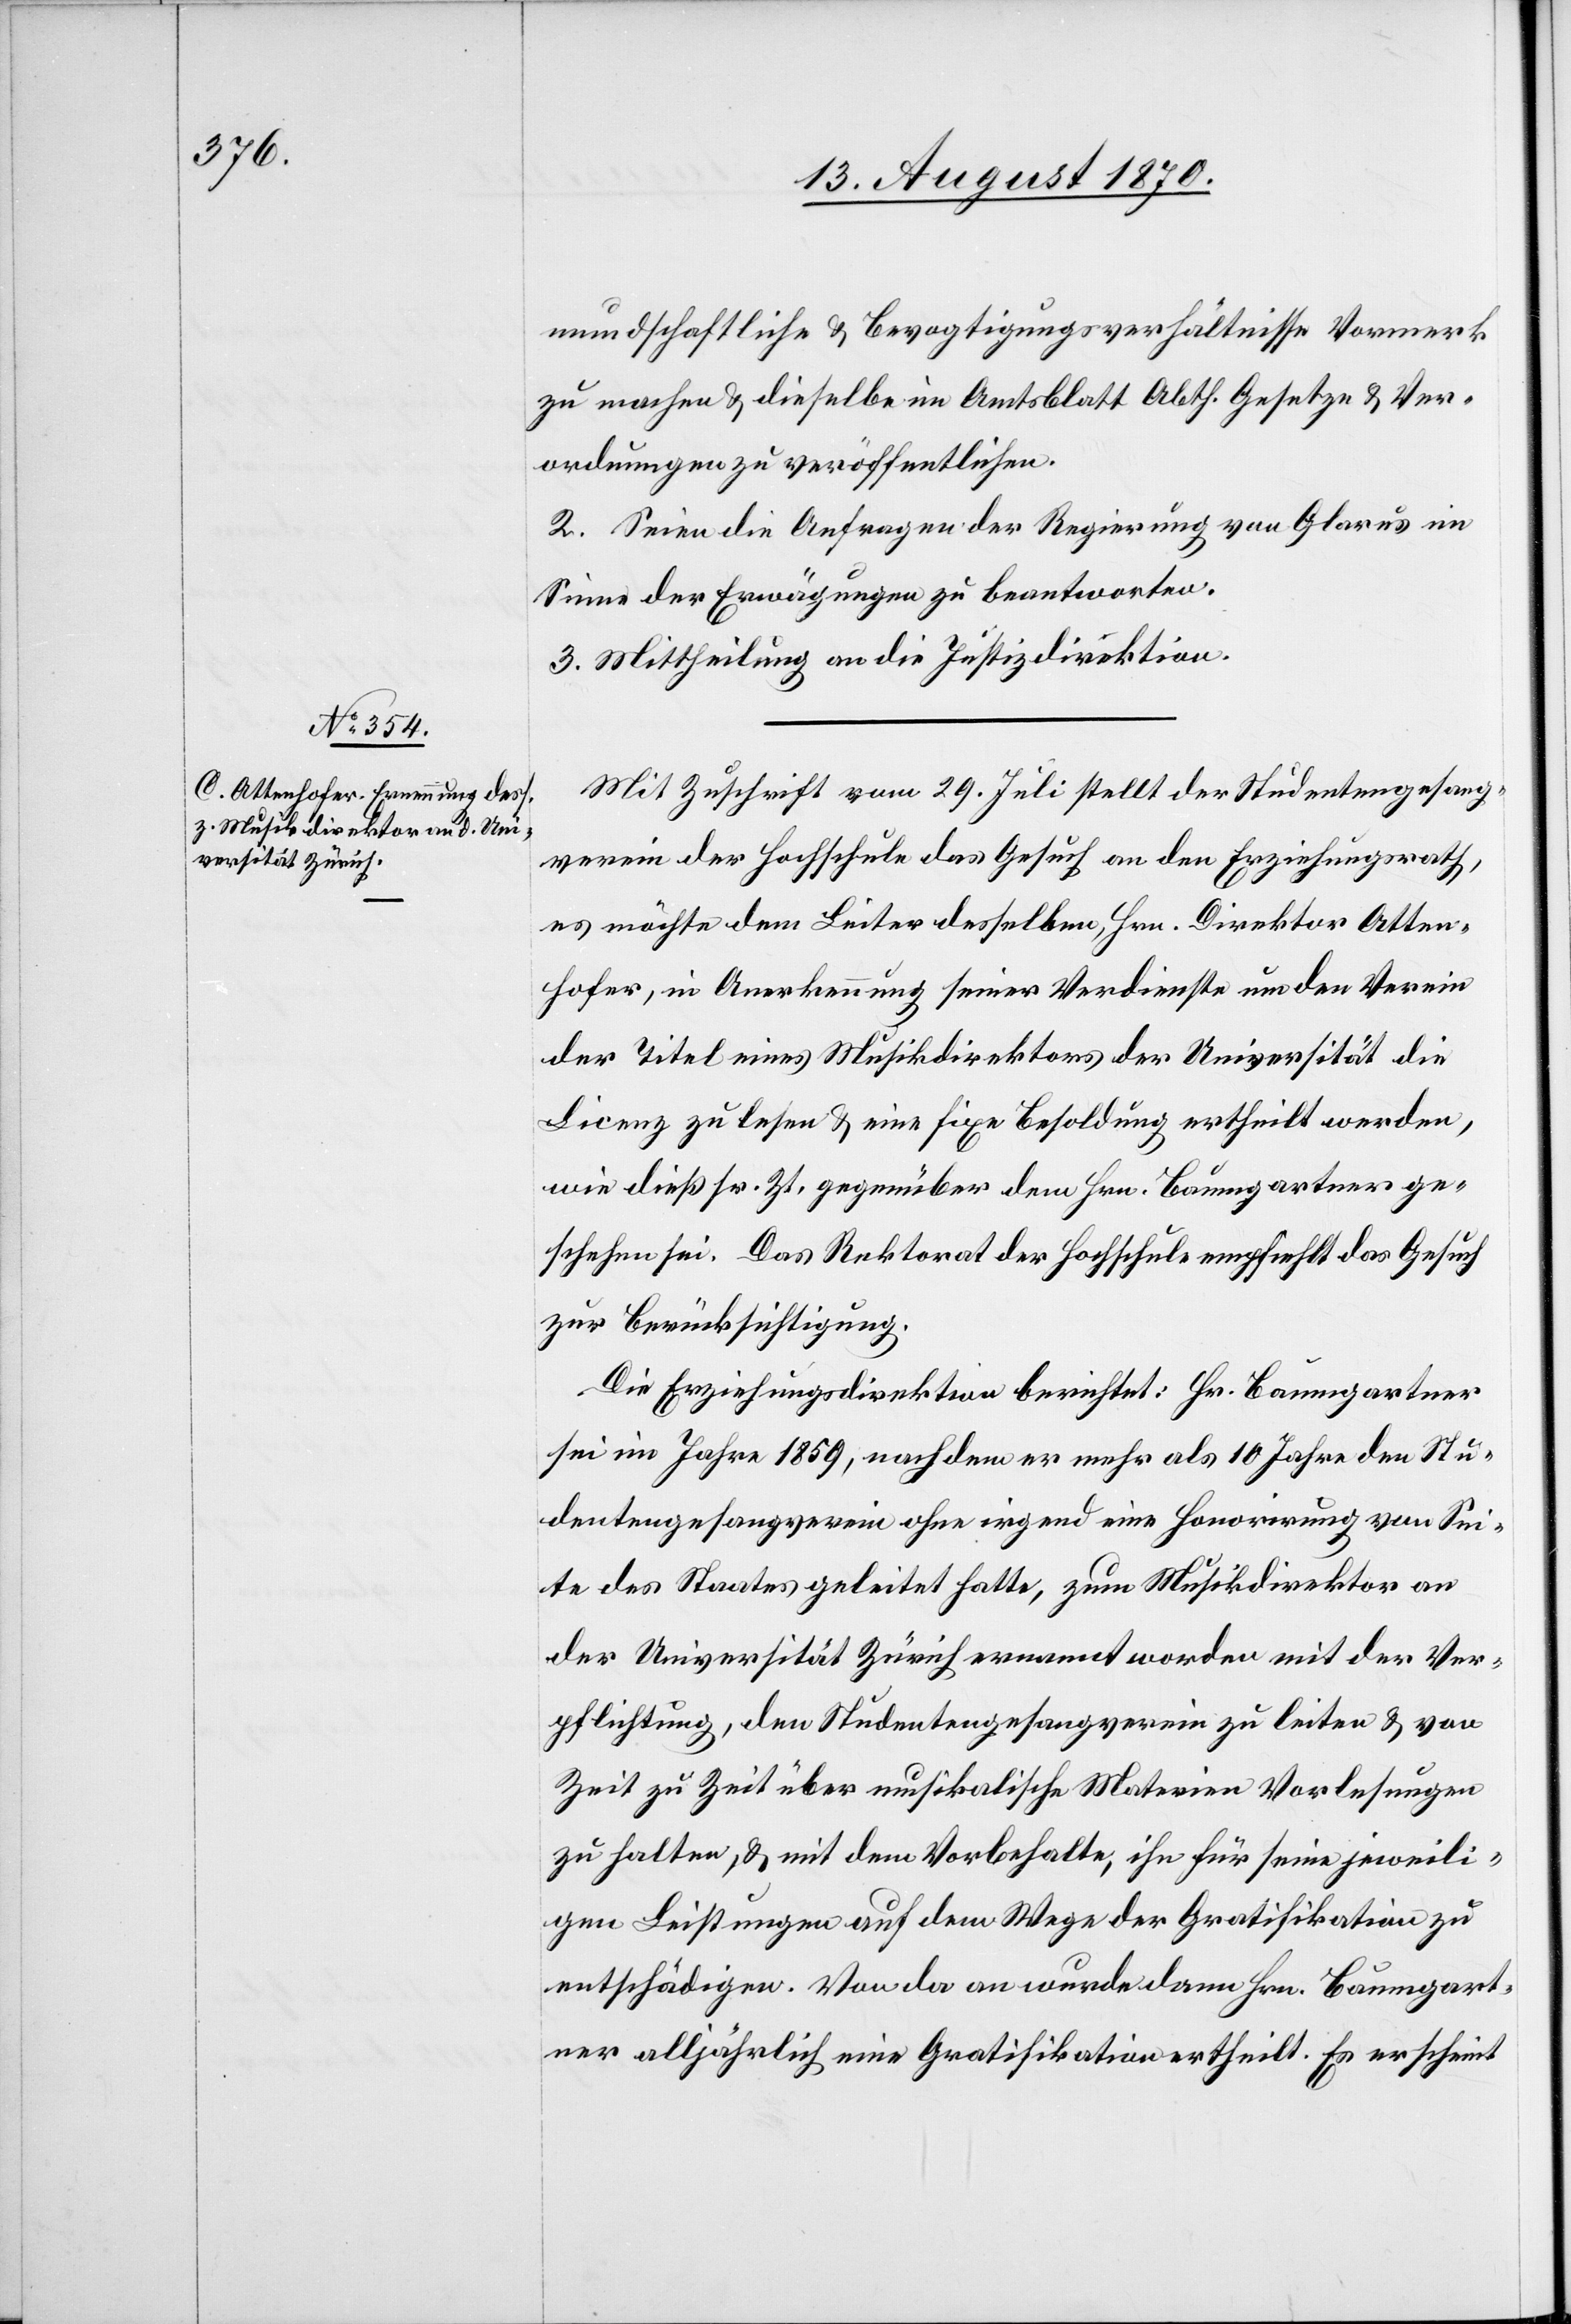
mundschaftliche & Bevogtigungsverhältnisse Vormerk
zu machen & dieselbe im Amtsblatt Abth. Gesetze & Ver¬
ordnungen zu veröffentlichen.
2. Seien die Anfragen der Regierung von Glarus im
Sinne der Erwägungen zu beantworten.
3. Mittheilung an die Justizdirektion.
Mit Zuschrift vom 29. Juli stellt der Studentengesang¬
verein der Hochschule das Gesuch an den Erziehungsrath,
es möchte dem Leiter desselben, Hrn. Direktor Atten¬
hofer, in Anerkennung seiner Verdienste um den Verein
der Titel eines Musikdirektors der Universität[,] die
Licenz zu lesen & eine fixe Besoldung ertheilt werden,
wie dieß sr. Zt. gegenüber dem Hrn. Baumgartner ge¬
schehen sei. Das Rektorat der Hochschule empfiehlt das Gesuch
zur Berücksichtigung.
Die Erziehungsdirektion berichtet: Hr. Baumgartner
sei im Jahre 1859, nachdem er mehr als 10 Jahre den Stu¬
dentengesangverein ohne irgend eine Honorirung von Se¬
ite des Staates geleitet hatte, zum Musikdirektor an
der Universität Zürich ernannt worden mit der Ver¬
pflichtung, den Studentengesangverein zu leiten & von
Zeit zu Zeit über musikalische Materien Vorlesungen
zu halten, & mit dem Vorbehalte, ihn für seine jeweili¬
gen Leistungen auf dem Wege der Gratifikation zu
entschädigen. Von da an wurde dann Hrn. Baumgart¬
ner alljährlich eine Gratifikation ertheilt. Es erscheint